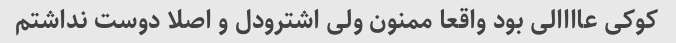
کوکی عاااالی بود واقعا ممنون ولی اشترودل و اصلا دوست نداشتم